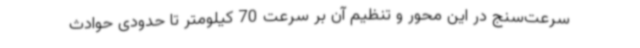
سرعت‌سنج در این محور و تنظیم آن بر سرعت 70 کیلومتر تا حدودی حوادث